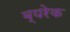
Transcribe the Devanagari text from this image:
ब्यरेक